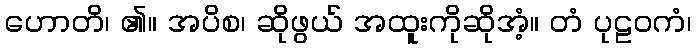
ဟောတိ၊ ၏။ အပိစ၊ ဆိုဖွယ် အထူးကိုဆိုအံ့။ တံ ပုဠဝကံ၊